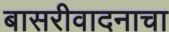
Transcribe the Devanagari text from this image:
बासरीवादनाचा